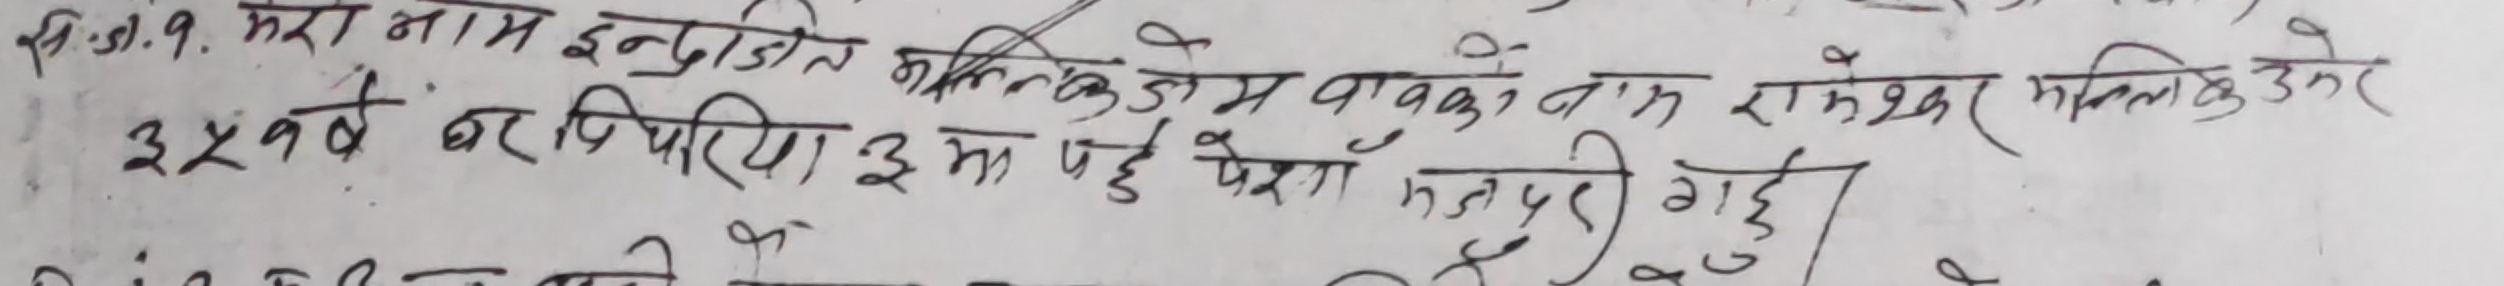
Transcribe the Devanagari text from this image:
सि.जा.१. मेरा नाम इन्द्रावती नलिकोडाम वालको नाम रामेश्वर मलिकु नेर
३५ वर्ष बरपिरिया इमा पछे प्रस्न मंजुरी गई